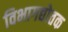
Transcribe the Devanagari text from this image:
विभागद्योतक